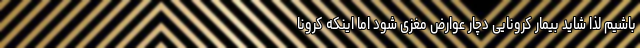
باشیم لذا شاید بیمار کرونایی دچار عوارض مغزی شود اما اینکه کرونا